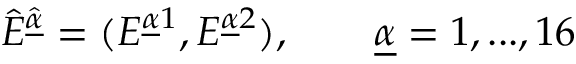
\hat { E } ^ { \hat { \underline { { { \alpha } } } } } = ( E ^ { \underline { { { \alpha } } } 1 } , E ^ { { \underline { { { \alpha } } } } 2 } ) , \qquad { \underline { { { \alpha } } } } = 1 , . . . , 1 6